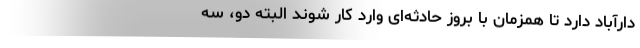
دارآباد دارد تا همزمان با بروز حادثه‌ای وارد کار شوند البته دو، سه